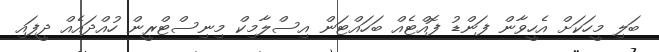
ބަލި މީހަކަށް އެހީވާން ފަންޑު ފޮއްޓެއް ބަހައްޓަން އިސްލާމިކް މިނިސްޓްރީން ހުއްދައެއް ދީފައި